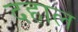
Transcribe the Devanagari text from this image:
दहाल